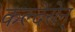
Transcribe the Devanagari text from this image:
कल्देरोन्